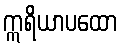
ဣရိယာပထော